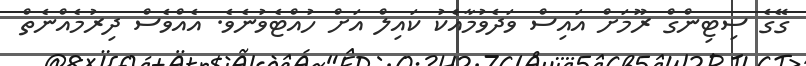
ގޭގެ ސިޓިންގް ރޫމަށް އައިސް ވަދެވުމާއެކު ކައިލް އަށް ހުއްޓެވުނެވެ. އެއްވެސް ދިރުމެއްނެތް